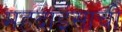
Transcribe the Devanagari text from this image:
महदाईसाची